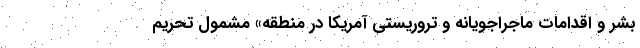
بشر و اقدامات ماجراجویانه و تروریستی آمریکا در منطقه» مشمول تحریم